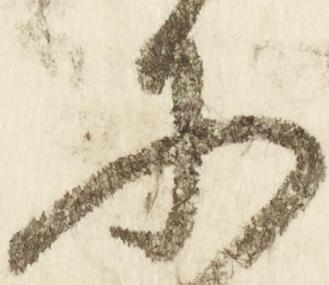
承